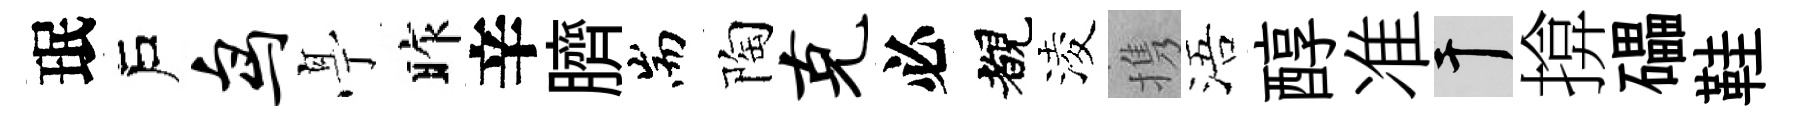
珉戶鸟𠅘昨辛臍耑陶克必覩淩携浯醇准干揜礧鞋